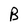
Character: B